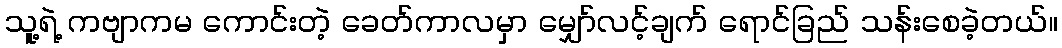
သူ့ရဲ့ ကဗျာကမ ကောင်းတဲ့ ခေတ်ကာလမှာ မျှော်လင့်ချက် ရောင်ခြည် သန်းစေခဲ့တယ်။